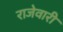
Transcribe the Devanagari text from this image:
राजेवारी